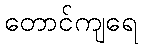
တောင်ကျရေ